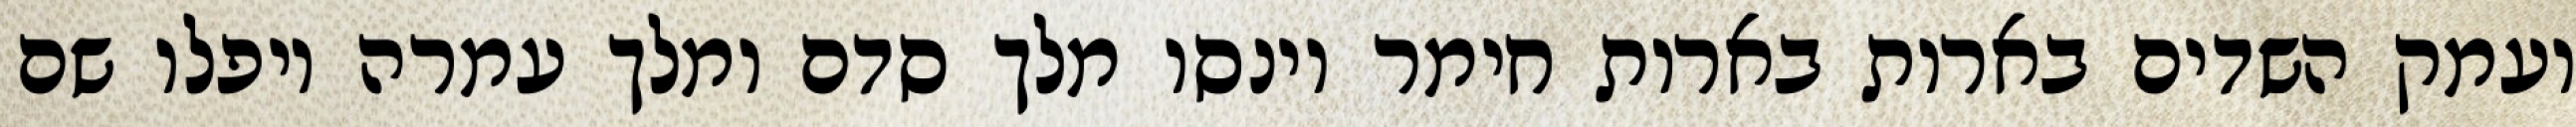
ועמק השדים בארות בארות חימר וינסו מלך סדם ומלך עמרה ויפלו שם